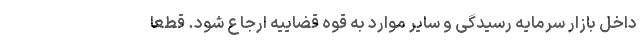
داخل بازار سرمایه رسیدگی و سایر موارد به قوه قضاییه ارجاع شود. قطعا